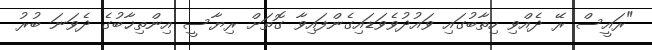
"ރައީސް ރޭ ދެއްވި ހިތާބުގައި ވައުދުވެވަޑައިގެންފައިވާ ގޮތަށް ރިޔާސީ އިންތިޚާބުގެ ދެވަނަ ބުރު